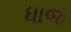
ધાજ